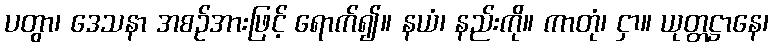
ပတွာ၊ ဒေသနာ အစဉ်အားဖြင့် ရောက်၍။ နယံ၊ နည်းကို။ ကာတုံ၊ ငှာ။ ယုတ္တဋ္ဌာနေ၊